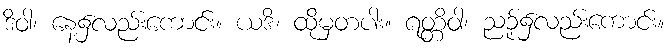
ဒိဝါ၊ နေ့၌လည်းကောင်း။ ယဒိ၊ ထိုမှတပါး။ ရတ္တိဝါ၊ ညဉ့်၌လည်းကောင်း။